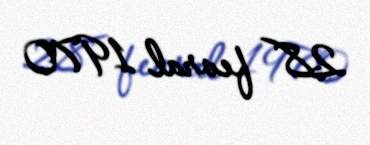
28 fevral 1970